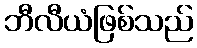
ဘီလီယံဖြစ်သည်